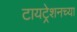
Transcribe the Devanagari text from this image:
टायट्रेशनच्या